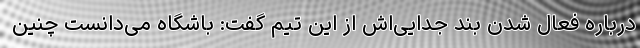
درباره فعال شدن بند جدایی‌اش از این تیم گفت:‌ باشگاه می‌دانست چنین